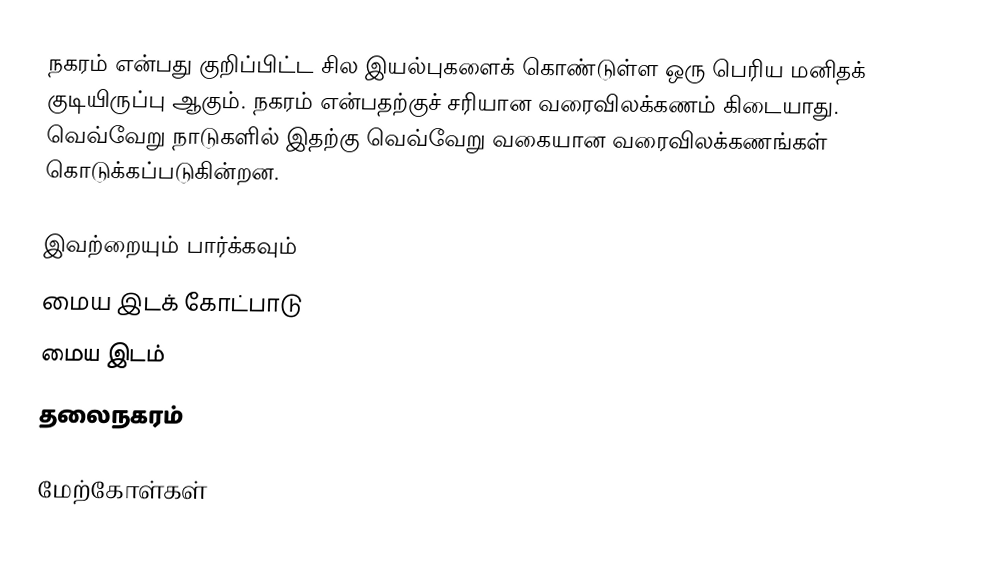
நகரம் என்பது குறிப்பிட்ட சில இயல்புகளைக் கொண்டுள்ள ஒரு பெரிய மனிதக் குடியிருப்பு ஆகும். நகரம் என்பதற்குச் சரியான வரைவிலக்கணம் கிடையாது. வெவ்வேறு நாடுகளில் இதற்கு வெவ்வேறு வகையான வரைவிலக்கணங்கள் கொடுக்கப்படுகின்றன.

இவற்றையும் பார்க்கவும்
 மைய இடக் கோட்பாடு
 மைய இடம்
 தலைநகரம்

மேற்கோள்கள்